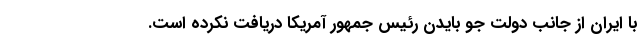
با ایران از جانب دولت جو بایدن رئیس جمهور آمریکا دریافت نکرده است.